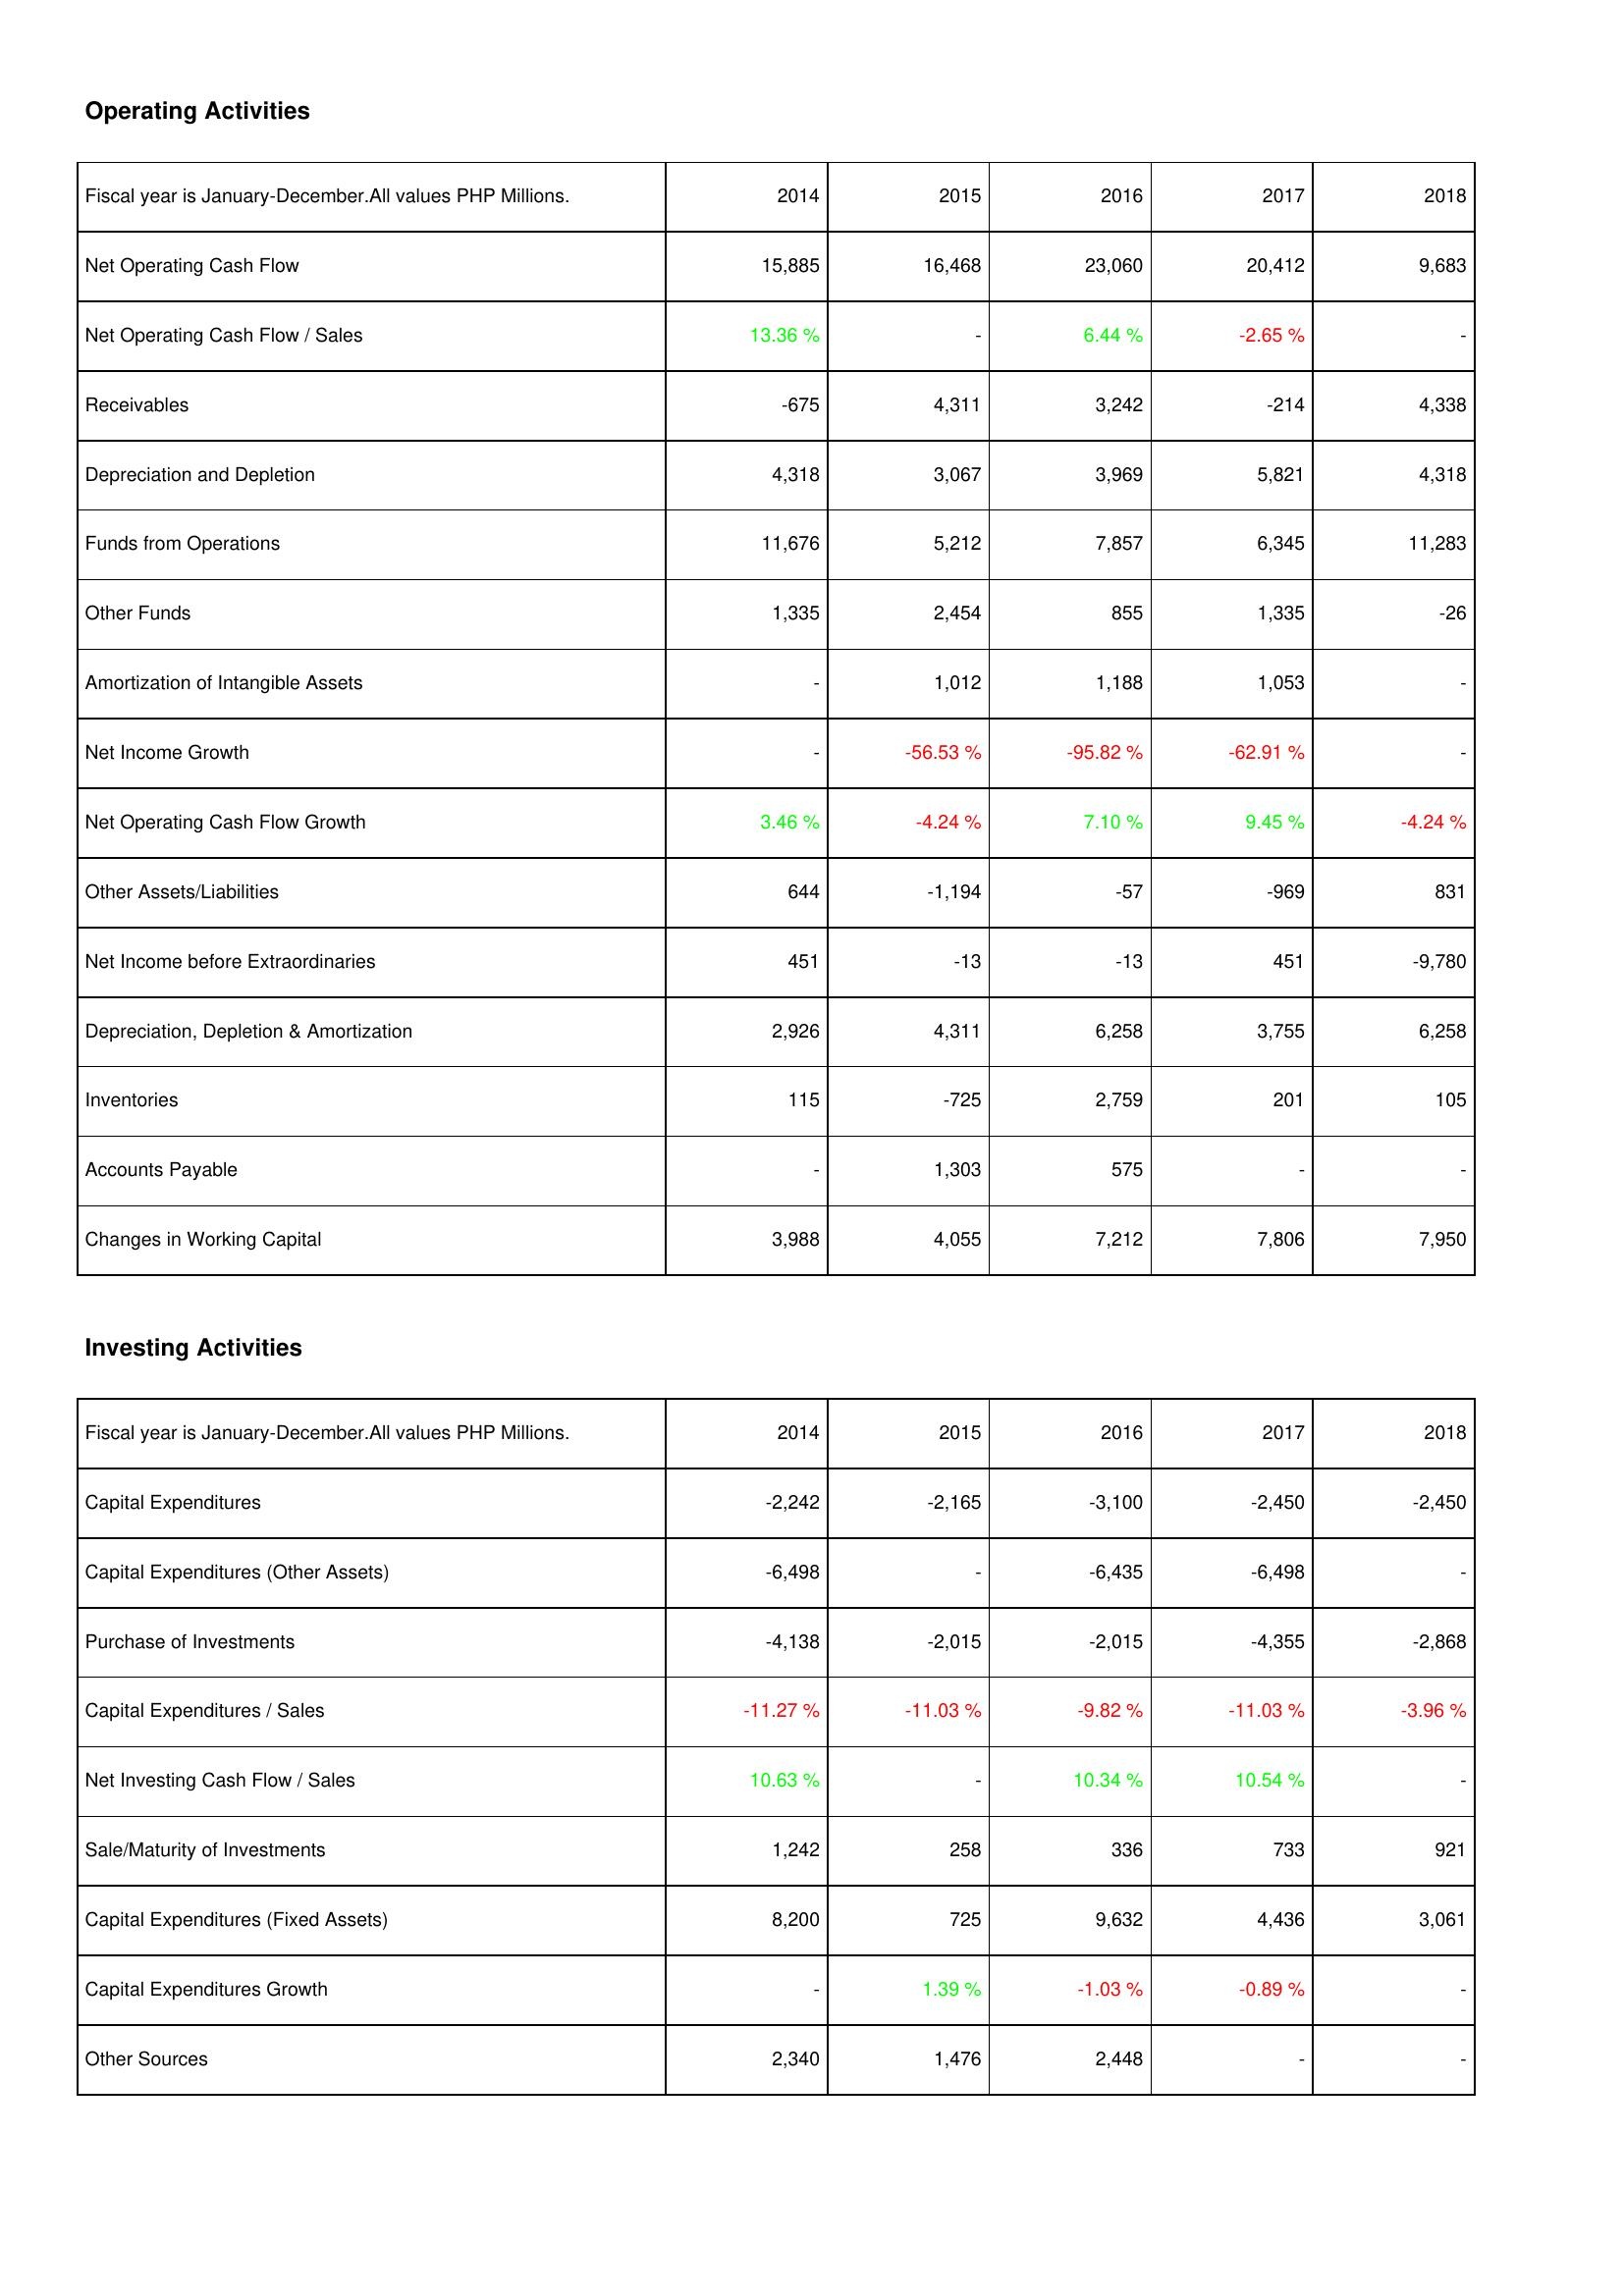
2014: Operating Activities: Net Operating Cash Flow: 15,885
Net Operating Cash Flow / Sales: 13.36 %
Receivables: -675
Depreciation and Depletion: 4,318
Funds from Operations: 11,676
Other Funds: 1,335
Amortization of Intangible Assets: -
Net Income Growth: -
Net Operating Cash Flow Growth: 3.46 %
Other Assets/Liabilities: 644
Net Income before Extraordinaries: 451
Depreciation, Depletion & Amortization: 2,926
Inventories: 115
Accounts Payable: -
Changes in Working Capital: 3,988
Investing Activities: Capital Expenditures: -2,242
Capital Expenditures (Other Assets): -6,498
Purchase of Investments: -4,138
Capital Expenditures / Sales: -11.27 %
Net Investing Cash Flow / Sales: 10.63 %
Sale/Maturity of Investments: 1,242
Capital Expenditures (Fixed Assets): 8,200
Capital Expenditures Growth: -
Other Sources: 2,340
2015: Operating Activities: Net Operating Cash Flow: 16,468
Net Operating Cash Flow / Sales: -
Receivables: 4,311
Depreciation and Depletion: 3,067
Funds from Operations: 5,212
Other Funds: 2,454
Amortization of Intangible Assets: 1,012
Net Income Growth: -56.53 %
Net Operating Cash Flow Growth: -4.24 %
Other Assets/Liabilities: -1,194
Net Income before Extraordinaries: -13
Depreciation, Depletion & Amortization: 4,311
Inventories: -725
Accounts Payable: 1,303
Changes in Working Capital: 4,055
Investing Activities: Capital Expenditures: -2,165
Capital Expenditures (Other Assets): -
Purchase of Investments: -2,015
Capital Expenditures / Sales: -11.03 %
Net Investing Cash Flow / Sales: -
Sale/Maturity of Investments: 258
Capital Expenditures (Fixed Assets): 725
Capital Expenditures Growth: 1.39 %
Other Sources: 1,476
2016: Operating Activities: Net Operating Cash Flow: 23,060
Net Operating Cash Flow / Sales: 6.44 %
Receivables: 3,242
Depreciation and Depletion: 3,969
Funds from Operations: 7,857
Other Funds: 855
Amortization of Intangible Assets: 1,188
Net Income Growth: -95.82 %
Net Operating Cash Flow Growth: 7.10 %
Other Assets/Liabilities: -57
Net Income before Extraordinaries: -13
Depreciation, Depletion & Amortization: 6,258
Inventories: 2,759
Accounts Payable: 575
Changes in Working Capital: 7,212
Investing Activities: Capital Expenditures: -3,100
Capital Expenditures (Other Assets): -6,435
Purchase of Investments: -2,015
Capital Expenditures / Sales: -9.82 %
Net Investing Cash Flow / Sales: 10.34 %
Sale/Maturity of Investments: 336
Capital Expenditures (Fixed Assets): 9,632
Capital Expenditures Growth: -1.03 %
Other Sources: 2,448
2017: Operating Activities: Net Operating Cash Flow: 20,412
Net Operating Cash Flow / Sales: -2.65 %
Receivables: -214
Depreciation and Depletion: 5,821
Funds from Operations: 6,345
Other Funds: 1,335
Amortization of Intangible Assets: 1,053
Net Income Growth: -62.91 %
Net Operating Cash Flow Growth: 9.45 %
Other Assets/Liabilities: -969
Net Income before Extraordinaries: 451
Depreciation, Depletion & Amortization: 3,755
Inventories: 201
Accounts Payable: -
Changes in Working Capital: 7,806
Investing Activities: Capital Expenditures: -2,450
Capital Expenditures (Other Assets): -6,498
Purchase of Investments: -4,355
Capital Expenditures / Sales: -11.03 %
Net Investing Cash Flow / Sales: 10.54 %
Sale/Maturity of Investments: 733
Capital Expenditures (Fixed Assets): 4,436
Capital Expenditures Growth: -0.89 %
Other Sources: -
2018: Operating Activities: Net Operating Cash Flow: 9,683
Net Operating Cash Flow / Sales: -
Receivables: 4,338
Depreciation and Depletion: 4,318
Funds from Operations: 11,283
Other Funds: -26
Amortization of Intangible Assets: -
Net Income Growth: -
Net Operating Cash Flow Growth: -4.24 %
Other Assets/Liabilities: 831
Net Income before Extraordinaries: -9,780
Depreciation, Depletion & Amortization: 6,258
Inventories: 105
Accounts Payable: -
Changes in Working Capital: 7,950
Investing Activities: Capital Expenditures: -2,450
Capital Expenditures (Other Assets): -
Purchase of Investments: -2,868
Capital Expenditures / Sales: -3.96 %
Net Investing Cash Flow / Sales: -
Sale/Maturity of Investments: 921
Capital Expenditures (Fixed Assets): 3,061
Capital Expenditures Growth: -
Other Sources: -